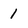
Character: 1